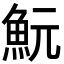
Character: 魭